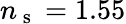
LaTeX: n_{\mathrm{~s~}}=1.55